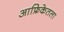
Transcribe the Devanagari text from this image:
आफ्रिकेतला